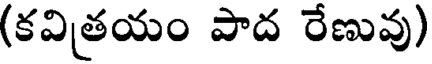
(కవితయం పాద రేణువు)